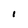
Character: 1